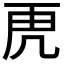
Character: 𮓙